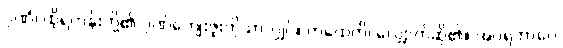
ဂုဏံ၊ ထိုရဟန်းတို့၏ ဂုဏ်ကျေးဇူးကိုသာလျှင်။ ကထေတိ၊ လျှောက်ဆို၏။ အပရဘာဂေ၊